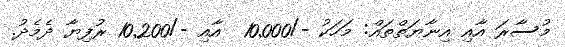
މުސާރަ އާއި އިނާޔަތްތައް: މަހަކު -/10